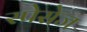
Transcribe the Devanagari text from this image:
स्पेसेज